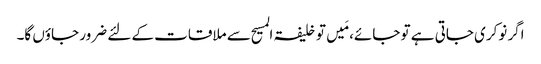
اگر نوکری جاتی ہے تو جائے، مَیں تو خلیفۃ المسیح سے ملاقات کے لئے ضرور جاؤں گا۔